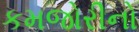
કમજોરીનો